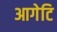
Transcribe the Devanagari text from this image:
आगेटि